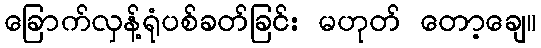
ခြောက်လှန့်ရုံပစ်ခတ်ခြင်း မဟုတ် တော့ချေ။